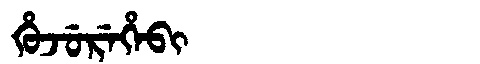
Manchu: ᡥᡠᠵᡠᡵᡝᡥᡝᠪᡳ
Romanization: HUJUREHEBI